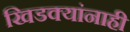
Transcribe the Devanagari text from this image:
खिडक्यांनाही